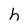
Character: h